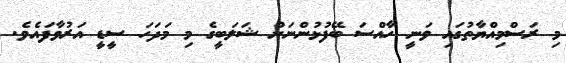
މި ރަސްމިއްޔާތުގައި ވަނީ ހާއްސަ ބޭފުޅުންނަށް ޝަލަބީގެ މި މަދަހަ ސީޑީ އަރުވާފައެވެ.